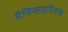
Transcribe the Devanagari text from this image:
मैनिन्जाइटिसके